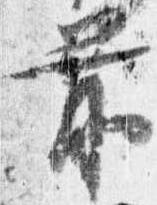
前